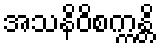
အသနိဝိစက္ကန္တိ